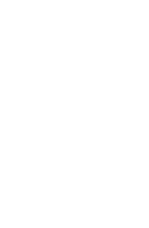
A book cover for Financial Aid for Veterans, Military Personnel, and Their Families, 2012-2014 (Financial Aid for Veterans, Military Personnel and Their Dependents); Gail Ann Schlachter; Education & Teaching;